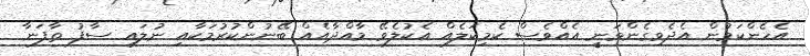
އެހެންކަމުން އެދެވިގެންވަނީ އެއްވެސް ކެމިކަލެއް އެކުލެވޭ މާއްދާއެއް ބޭނުންކުރުމަކާއި ނުލައި ސާފު ތާފަނާ